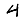
Digit: 4